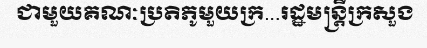
ជាមួយគណៈប្រតិភូមួយក្រ...រដ្ឋមន្ត្រីក្រសួង